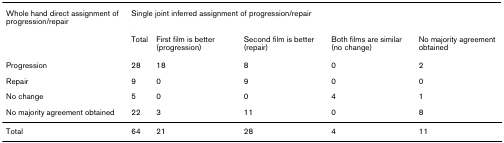
<table><thead><tr><td><b>Whole hand direct assignment of progression/repair</b></td><td colspan="5"><b>Single joint inferred assignment of progression/repair</b></td></tr><tr><td></td><td><b>Total</b></td><td><b>First film is better (progression)</b></td><td><b>Second film is better (repair)</b></td><td><b>Both films are similar (no change)</b></td><td><b>No majority agreement obtained</b></td></tr></thead><tbody><tr><td>Progression</td><td>28</td><td>18</td><td>8</td><td>0</td><td>2</td></tr><tr><td>Repair</td><td>9</td><td>0</td><td>9</td><td>0</td><td>0</td></tr><tr><td>No change</td><td>5</td><td>0</td><td>0</td><td>4</td><td>1</td></tr><tr><td>No majority agreement obtained</td><td>22</td><td>3</td><td>11</td><td>0</td><td>8</td></tr><tr><td>Total</td><td>64</td><td>21</td><td>28</td><td>4</td><td>11</td></tr></tbody></table>